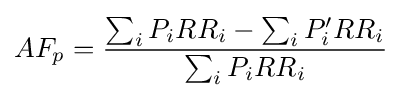
AF_{p}={\frac {\sum _{i}P_{i}RR_{i}-\sum _{i}P_{i}'RR_{i}}{\sum _{i}P_{i}RR_{i}}}